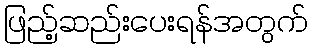
ဖြည့်ဆည်းပေးရန်အတွက်